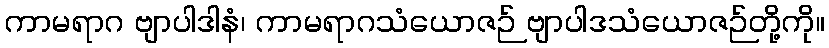
ကာမရာဂ ဗျာပါဒါနံ၊ ကာမရာဂသံယောဇဉ် ဗျာပါဒသံယောဇဉ်တို့ကို။